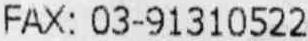
FAX: 03-91310522